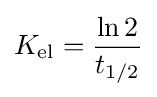
K_{\text{el}}={\dfrac {\ln 2}{t_{1/2}}}